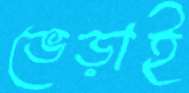
ভেড়াই